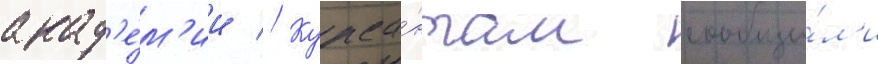
акад'е́м'ии // Курса́нтам сообщи́л'и